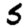
Digit: 5